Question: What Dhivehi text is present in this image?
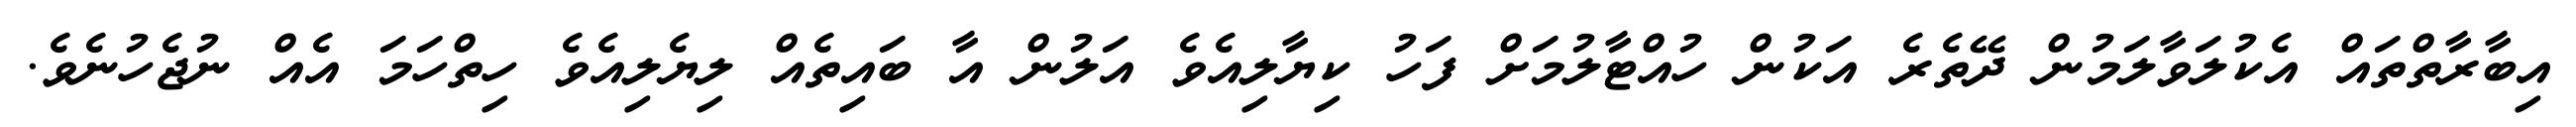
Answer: އިބާރާތްތައް އެކުލަވާލަމުން ދޭތެރެ އަކުން ހުއްޓާލުމަށް ފަހު ކިޔާލިއެވެ އަލުން އާ ބައިތެއް ލިޔެލިއެވެ ހިތްހަމަ އެއް ނުޖެހުނެވެ.